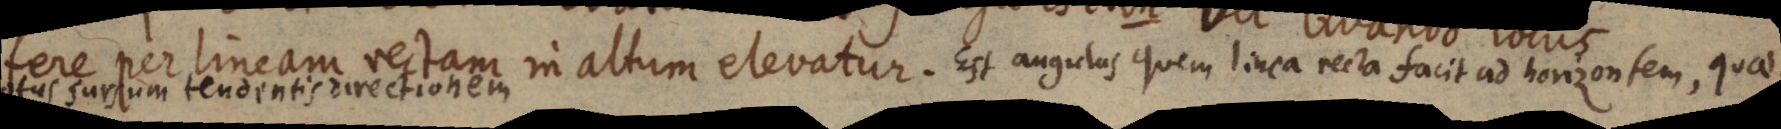
fere per lineam rectam in altum elevatur. Est augictus quem linea recta facit ad horizontem, quae